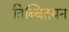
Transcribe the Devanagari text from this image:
तिब्बितयन